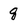
Character: 8